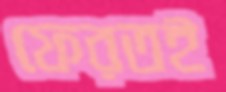
ফেরতই